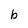
Character: b